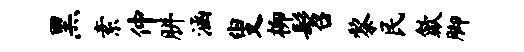
黑素仲胼涵叟柳髫黎民歙脚